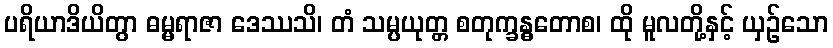
ပရိယာဒိယိတွာ ဓမ္မရာဇာ ဒေဿသိ၊ တံ သမ္ပယုတ္တ စတုက္ခန္ဓတောစ၊ ထို မူလတို့နှင့် ယှဉ်သော